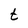
Character: t